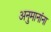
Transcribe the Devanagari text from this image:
अनुमानांना